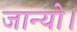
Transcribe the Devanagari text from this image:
जान्यो।